Vaccination in Bombay 1913-1923 - 1913-1923
Year: 1913
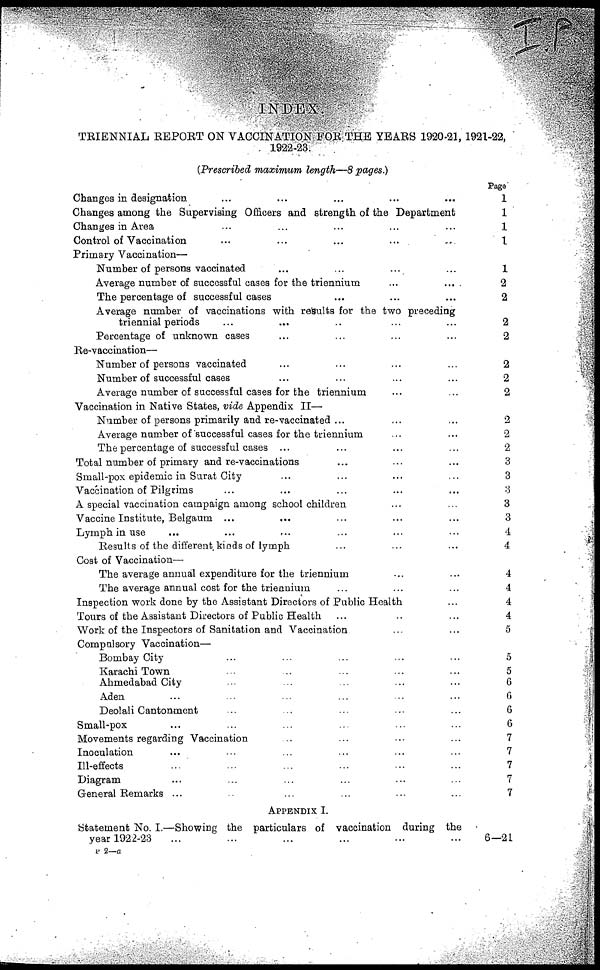
INDEX.
TRIENNIAL REPORT ON VACCINATION FOR THE YEARS 1920-21, 1921-22,
1922-23.
(Prescribed maximum length—8 pages.)
Changes in designation ... ... ... ... ...
Changes among the Supervising Officers and strength of the Department
Changes in Area ... ... ... ... ...
Control of Vaccination ... ... ... ... ...
Primary Vaccination—
Number of persons vaccinated ... ... ... ...
Average number of successful cases for the triennium ... ...
The percentage of successful cases ... ... ...
Average number of vaccinations with results for the two preceding
triennial periods ... ... ... ... ...
Percentage of unknown cases ... ... ... ...
Re-vaccination—
Number of persons vaccinated ... ... ... ...
Number of successful cases ... ... ... ...
Average number of successful cases for the triennium ... ...
Vaccination in Native States, vide Appendix II—
Number of persons primarily and re-vaccinated ... ... ...
Average number of successful cases for the triennium ... ...
The percentage of successful cases ... ... ... ...
Total number of primary and re-vaccinations ... ... ...
Small-pox epidemic in Surat City ... ... ... ...
Vaccination of Pilgrims ... ... ... ... ...
A special vaccination campaign among school children ... ...
Vaccine Institute, Belgaum ... ... ... ... ...
Lymph in use ... ... ... ... ... ...
Reaults of the different kinds of lymph ... ... ...
Cost of Vaccination—
The average annual expenditure for the triennium ... ...
The average annual cost for the triennium ... ... ...
Inspection work done by the Assistant Directors of Public Health ...
Tours of the Assistant Directors of Public Health ... ... ...
Work of the Inspectors of Sanitation and Vaccination ... ...
Compulsory Vaccination—
Bombay City ... ... ... ... ...
Karachi Town ... ... ... ... ...
Ahmedabad City ... ... ... ... ...
Aden ... ... ... ... ... ...
Deolali Cantonment ... ... ... ... ...
Small-pox ... ... ... ... ... ...
Movements regarding Vaccination
Inoculation ... ... ... ... ... ...
Ill-effects ... ... ... ... ... ...
Diagram ... ... ... ... ... ...
General Remarks ... ... ... ... ... ...
APPENDIX I.
Statement No. I.—Showing the particulars of vaccination during the
year 1922-23 ... ... ... ... ... ...
Page
1
1
1
1
1
2
2
2
2
2
2
2
2
2
2
3
3
3
3
3
4
4
4
4
4
4
5
5
5
6
6
6
6
7
7
7
7
7
6—21
P 2—a